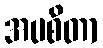
အပစိတာ